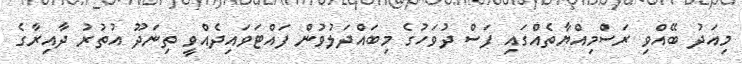
މިއަދު ބޭއްވި ރަސްމިއްޔާތެއްގައި ފަސް ދުވަހުގެ މިބައްދަލުވުން ފައްޓަވައިދެއްވީ ތިނަދޫ އުތުރު ދާއިރާގެ